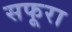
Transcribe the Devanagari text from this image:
सफूरा